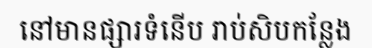
នៅមានផ្សារទំនើប រាប់សិបកន្លែង